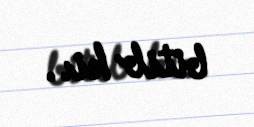
bitib ki..